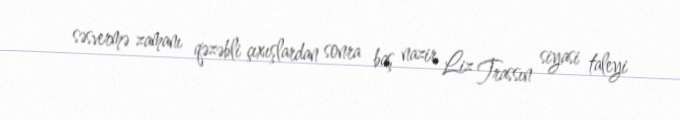
səsvermə zamanı qəzəbli çıxışlardan sonra baş nazir Liz Trassın siyasi taleyi